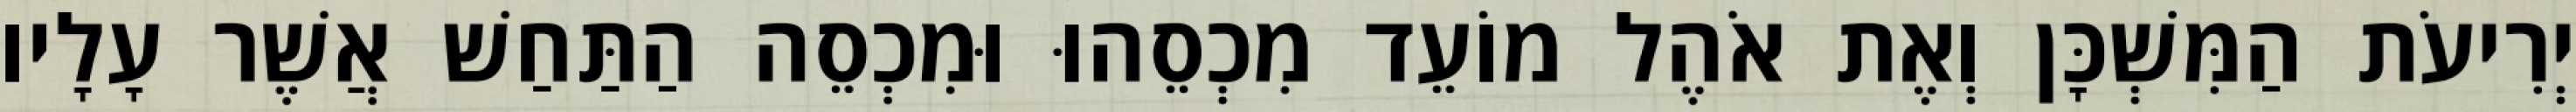
יְרִיעֹת הַמִּשְׁכָּן וְאֶת אֹהֶל מוֹעֵד מִכְסֵהוּ וּמִכְסֵה הַתַּחַשׁ אֲשֶׁר עָלָיו